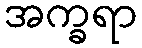
အက္ခရာ